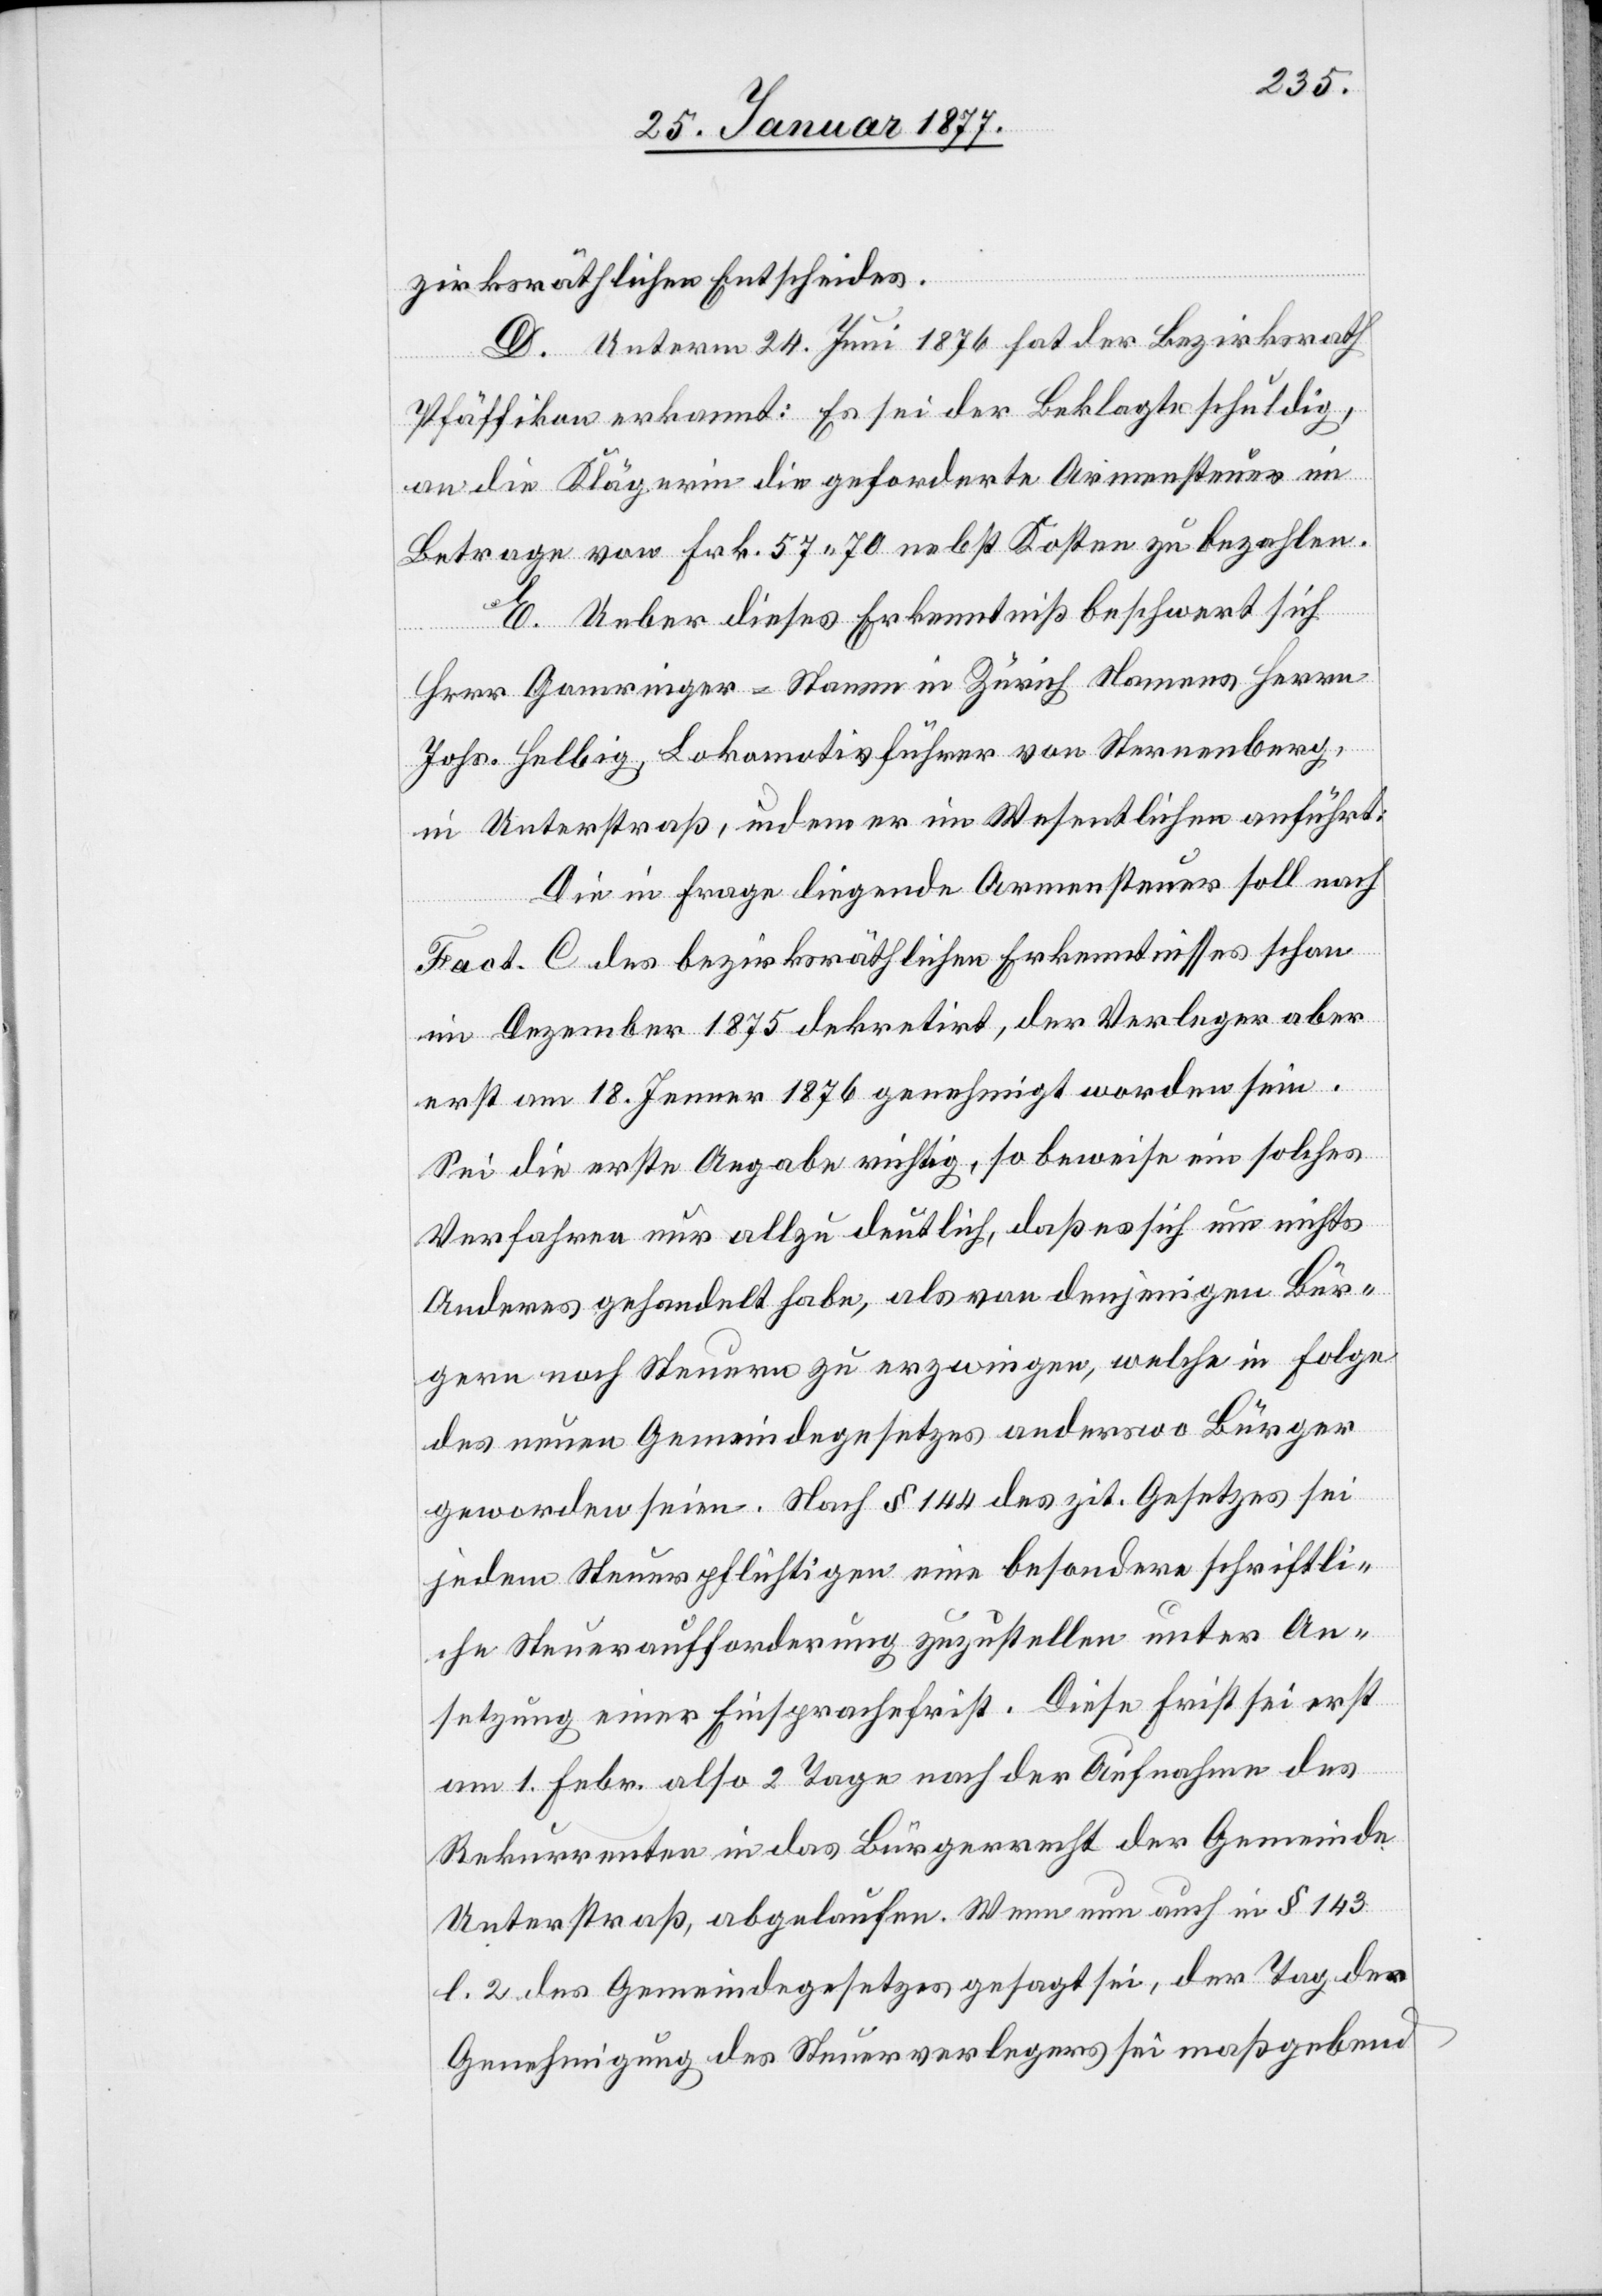
zirksräthlichen Entscheides.
D. Unterm 24. Juni 1876 hat der Bezirksrath
Pfäffikon erkannt: Es sei der Beklagte schuldig,
an die Klägerin die geforderte Armensteuer im
Betrage von Frk. 57.70 nebst Kosten zu bezahlen.
E. Ueber dieses Erkenntniß beschwert sich
Herr Gomringer-Stamm [sic!] in Zürich Namens Herrn
Johs. Helbig, Lokomotivführer von Sternenberg,
in Unterstraß, indem er im Wesentlichen anführt:
Die in Frage liegende Armensteuer soll nach
Fact. C des bezirksräthlichen Erkenntnisses schon
im Dezember 1875 dekretirt, der Verleger aber
erst am 18. Jenner 1876 genehmigt worden sein.
Sei die erste Angabe richtig, so beweise ein solches
Verfahren nur allzu deutlich, daß es sich um nichts
Anderes gehandelt habe, als von denjenigen Bür¬
gern noch Steuern zu erzwingen, welche in Folge
des neuen Gemeindegesetzes anderswo Bürger
geworden seien. Nach § 144 des zit. Gesetzes sei
jedem Steuerpflichtigen eine besondere schriftli¬
che Steueraufforderung zuzustellen unter An¬
setzung einer Einsprachefrist. Diese Frist sei erst
am 1. Febr. also 2 Tage nach der Aufnahme des
Rekurrenten in das Bürgerrecht der Gemeinde
Unterstraß, abgelaufen. Wenn nun auch in § 143
l. 2 des Gemeindegesetzes gesagt sei, der Tag der
Genehmigung des Steuerverlegers sei maßgebend